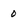
Character: 0